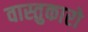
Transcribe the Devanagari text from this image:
वास्तुकारो